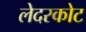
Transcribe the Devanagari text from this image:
लेदरकोट